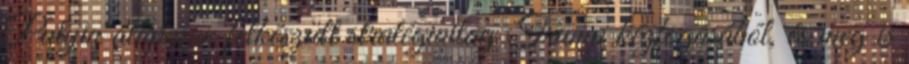
Putyin alaposan felkészült stratégiailag Trump kézfogásából, és meg is